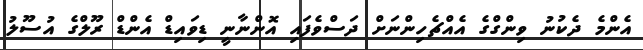
އެންމެ ދެކުނު ވިންގްގެ އެއްޗެހިންނަށް ދަސްވެފައި އޮންނާނީ ޑިވައިޑް އެންޑް ރޫލްގެ އުސޫލު